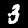
Digit: 3